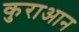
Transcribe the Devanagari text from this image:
कुराआन